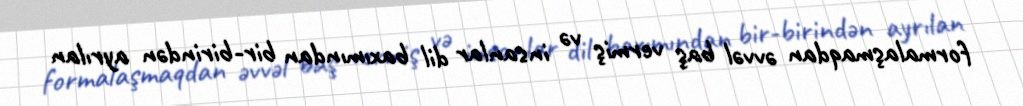
formalaşmaqdan əvvəl baş vermiş və insanlar dil baxımından bir-birindən ayrılan